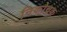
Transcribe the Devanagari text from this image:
निकोचक